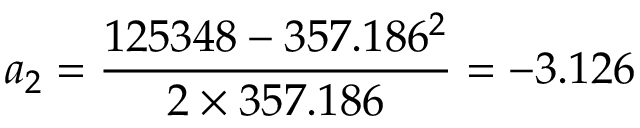
a _ { 2 } = { \frac { 1 2 5 3 4 8 - 3 5 7 . 1 8 6 ^ { 2 } } { 2 \times 3 5 7 . 1 8 6 } } = - 3 . 1 2 6